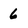
Character: 6